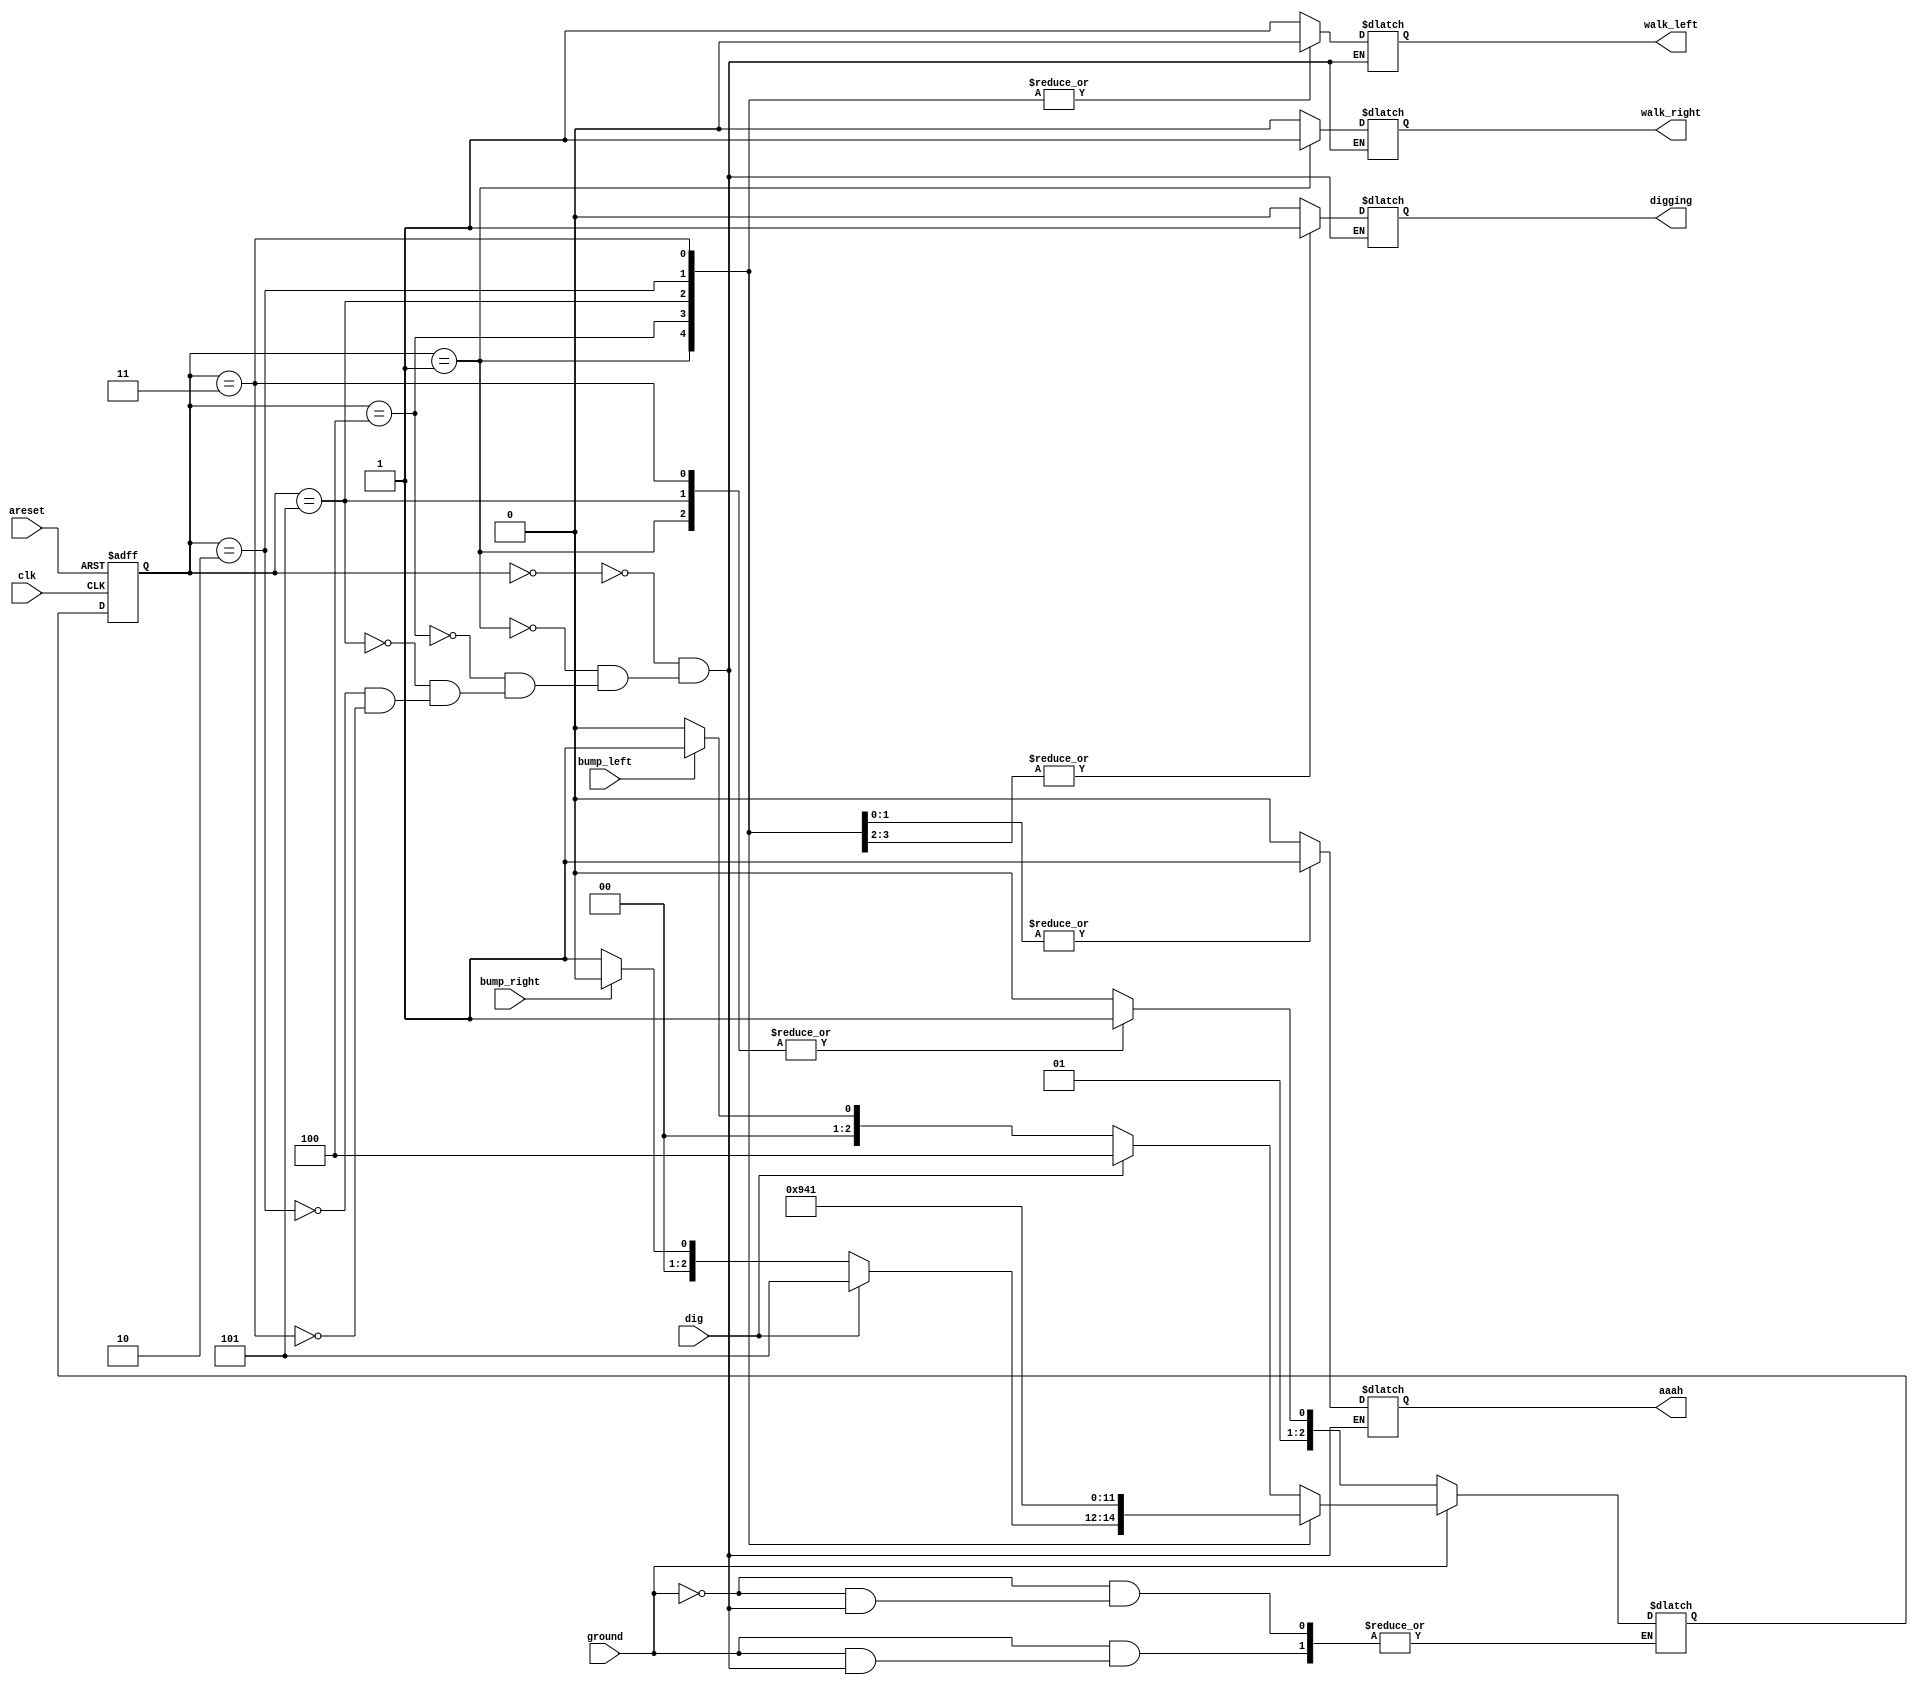
module top_module(
    input clk,
    input areset,    // Freshly brainwashed Lemmings walk left.
    input bump_left,
    input bump_right,
    input ground,
    input dig,
    output walk_left,
    output walk_right,
    output aaah,
    output digging ); 


    parameter L =3'b000,R=3'b001,FL = 3'b010,FR=3'b011,DL = 3'b100,DR = 3'b101 ;

    wire [2:0]next_state;
    reg  [2:0]state;

    always @(*) begin
        if(ground)begin
            case (state)
                L: next_state = (dig)? DL : (bump_left)?R:L;
                R: next_state = (dig)? DR : (bump_right)? L:R;
                DL:next_state = DL;
                DR:next_state = DR;
                FL:next_state = L;
                FR:next_state = R;
            endcase
        end    
        else begin
            case (state)
                L:next_state = FL;
                R:next_state = FR;
                DL:next_state = FL;
                DR:next_state = FR;
                FL:next_state = FL;
                FR:next_state = FR;
            endcase
        end
    end

    always @(posedge clk ,posedge areset) begin
        if(areset)
            state <= L;
        else
            state <= next_state;
    end

    always @(*) begin
        case (state)
            L:begin
                walk_left = 1;
                walk_right = 0;
                aaah = 0;
                digging = 0;
            end 
            R:begin
                walk_left = 0;
                walk_right = 1;
                aaah = 0;
                digging = 0;
            end 
            DL:begin
                walk_left = 0;
                walk_right = 0;
                aaah = 0;
                digging = 1;
            end 
            DR:begin
                walk_left = 0;
                walk_right = 0;
                aaah = 0;
                digging = 1;
            end 
            FL:begin
                walk_left = 0;
                walk_right = 0;
                aaah = 1;
                digging = 0;
            end 
            FR:begin
                walk_left = 0;
                walk_right = 0;
                aaah = 1;
                digging = 0;
            end 
        endcase
    end
endmodule